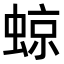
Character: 𧌬